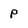
Character: p